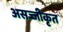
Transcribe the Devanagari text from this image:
असज्जीकृत